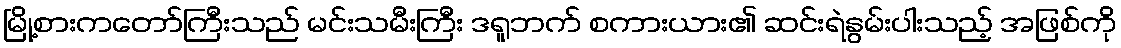
မြို့စားကတော်ကြီးသည် မင်းသမီးကြီး ဒရူဘက် စကားယား၏ ဆင်းရဲနွမ်းပါးသည့် အဖြစ်ကို